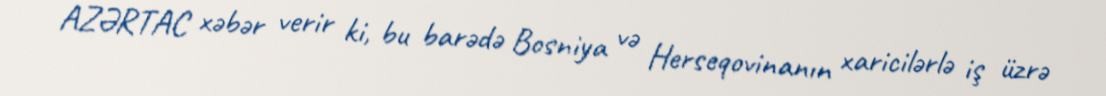
AZƏRTAC xəbər verir ki, bu barədə Bosniya və Herseqovinanın xaricilərlə iş üzrə